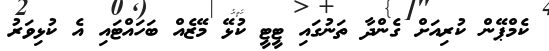
ކެމްޕޭން ކުރިއަށް ގެންދާ ތަނުގައި ޓީޓީ ކުޅޭ މޭޒެއް ބަހައްޓައި އެ ކުޅިވަރު